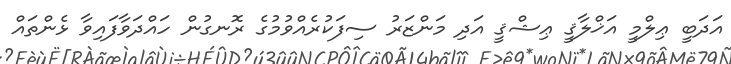
އަދަބީ ޢިލްމީ އަޚްލާޤީ ޢިޝްޤީ އަދި މަންޒަރު ސިފަކުރެއްވުމުގެ ރޮނގުން ހައްދަވާފައިވާ ޅެންތައް